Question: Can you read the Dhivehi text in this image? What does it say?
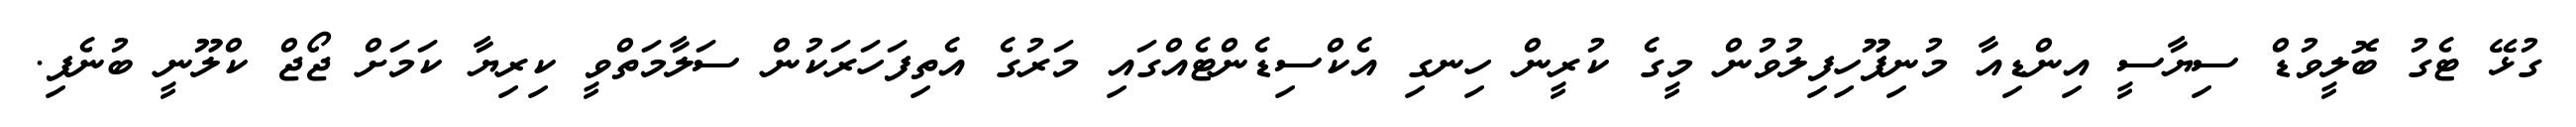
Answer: ގުޅޭ ޓެގު ބޮލީވުޑް ސިޔާސީ އިންޑިއާ މުނިފޫހިފިލުވުން މީގެ ކުރީން ހިނގި އެކްސިޑެންޓެއްގައި މަރުގެ އެތިފަހަރަކުން ސަލާމަތްވީ ކިރިޔާ ކަމަށް ޖޯޖް ކްލޫނީ ބުނެފި.